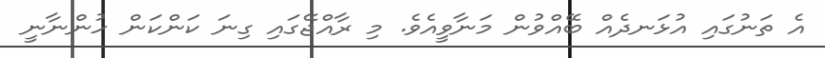
އެ ތަނުގައި އުޅަނދެއް ބޭއްވުން މަނާވީއެވެ. މި ރާއްޖޭގައި ގިނަ ކަންކަން ހުންނާނީ